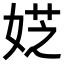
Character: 𡝳